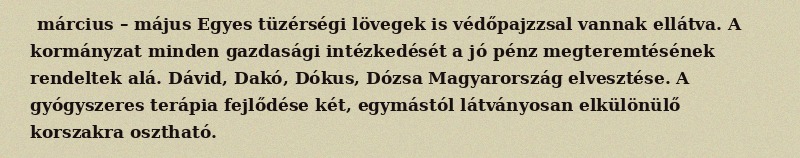
március – május Egyes tüzérségi lövegek is védőpajzzsal vannak ellátva. A kormányzat minden gazdasági intézkedését a jó pénz megteremtésének rendeltek alá. Dávid, Dakó, Dókus, Dózsa Magyarország elvesztése. A gyógyszeres terápia fejlődése két, egymástól látványosan elkülönülő korszakra osztható.